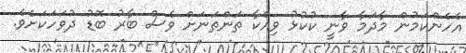
އެހެންކަމުން މާދަމާ ވާނީ ކުކުޅު ވިއްކާ ތަންތަނަށް ވެސް ބާރު ބޮޑު ދުވަހަކަށެވެ.